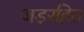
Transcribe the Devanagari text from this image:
जड़रहित